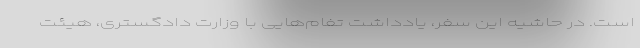
است. در حاشیه این سفر، یادداشت تفام‌هایی با وزارت دادگستری، هیئت